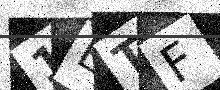
Text: 1ETF